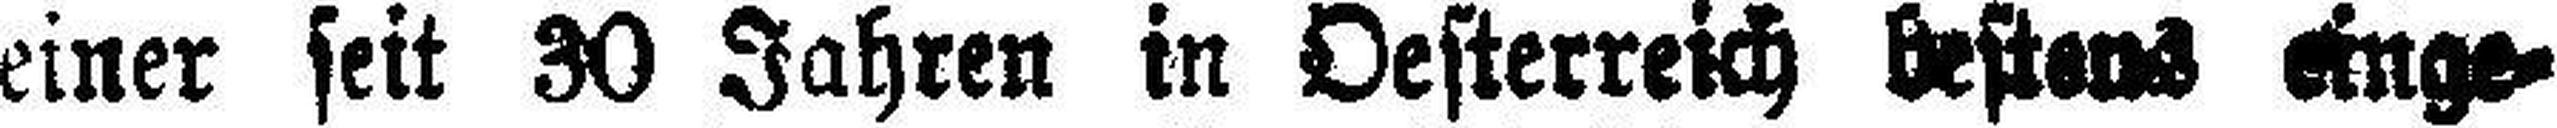
einer seit 30 Jahren in Oesterreich bestens einge¬